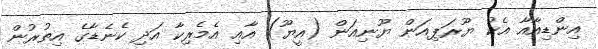
އިންޑިއާއާ އެކު ޔޫރަޕިއަން ޔޫނިއަން (އީޔޫ) އާއި އެމެރިކާ އަދި ކެނެޑާގެ އިތުރުން